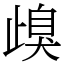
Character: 㱗